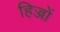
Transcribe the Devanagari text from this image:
हिज्जों